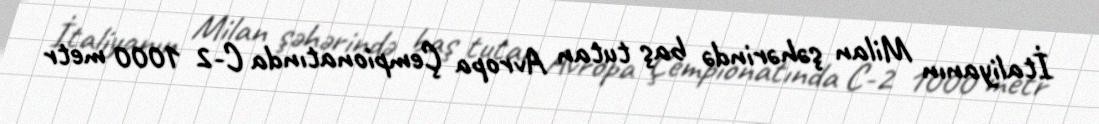
İtaliyanın Milan şəhərində baş tutan Avropa Çempionatında C-2 1000 metr